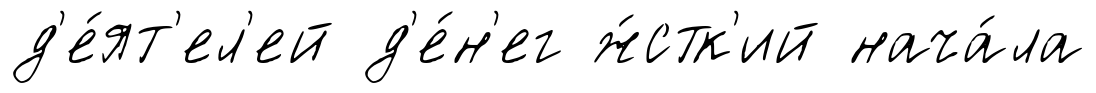
д'е́ят'ел'ей д'е́н'ег ж́стк'ий нача́ла